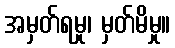
အမှတ်ရမှု၊ မှတ်မိမှု။